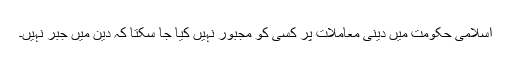
اسلامی حکومت میں دینی معاملات پر کسی کو مجبور نہیں کیا جا سکتا کہ دین میں جبر نہیں۔